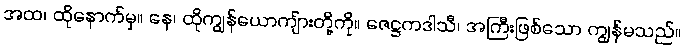
အထ၊ ထိုနောက်မှ။ နေ၊ ထိုကျွန်ယောကျ်ားတို့ကို။ ဇေဋ္ဌကဒါသီ၊ အကြီးဖြစ်သော ကျွန်မသည်။